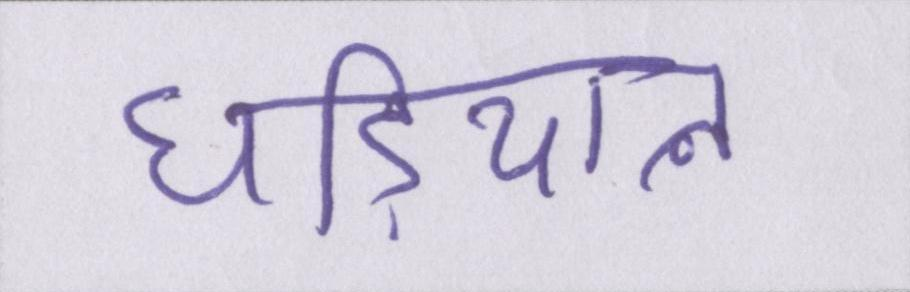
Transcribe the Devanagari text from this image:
घडि़याल